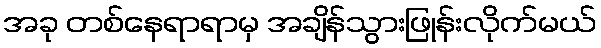
အခု တစ်နေရာရာမှ အချိန်သွားဖြုန်းလိုက်မယ်